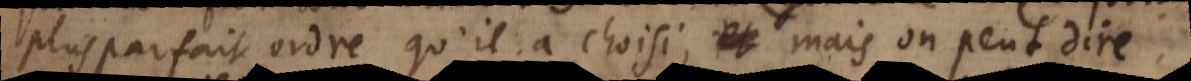
plus parfait ordre qu’il a choisi; mais on peut dire